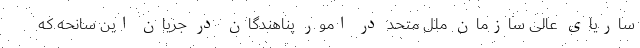
ساریای عالی سازمان ملل متحد در امور پناهندگان در جریان این سانحه که